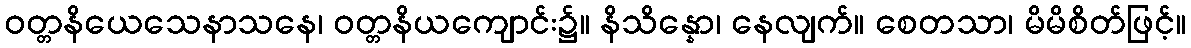
ဝတ္တနိယေသေနာသနေ၊ ဝတ္တနိယကျောင်း၌။ နိသိန္နော၊ နေလျက်။ စေတသာ၊ မိမိစိတ်ဖြင့်။